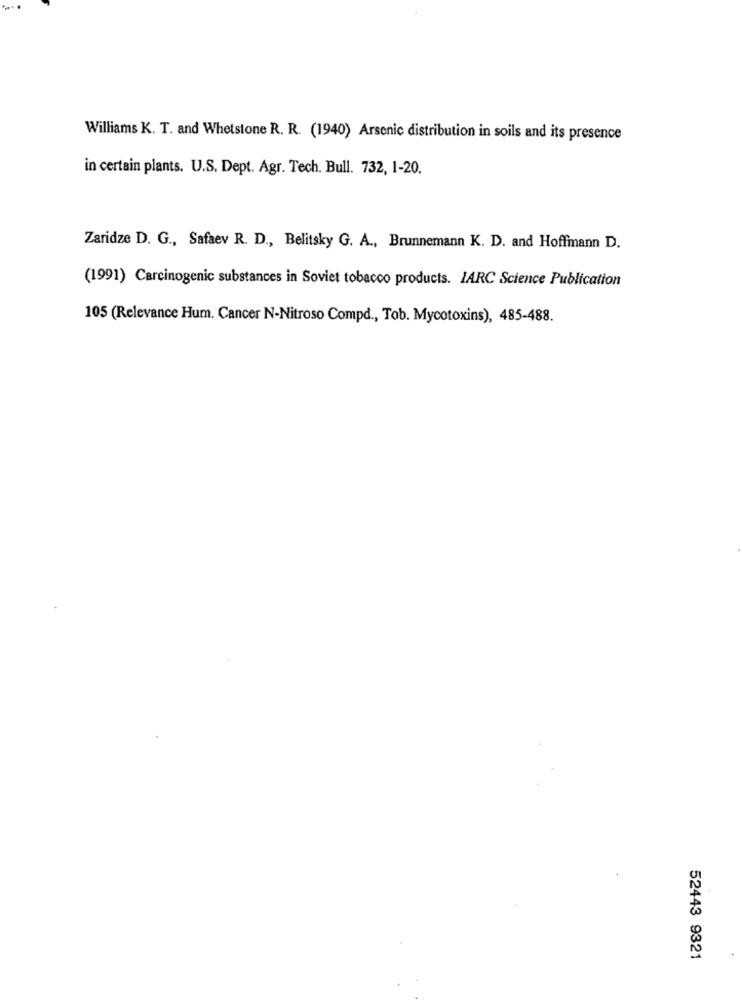
Williams K. T. and Whetstone R. R. (1940) Arsenic distribution in soils and its presence
in certain plants. U.S. Dept. Agr. Tech. Bull. 732, 1-20.
Zaridze D. G ., Safaev R. D ., Belitsky G. A ., Brunnemann K. D. and Hoffmann D.
(1991) Carcinogenic substances in Soviet tobacco products. IARC Science Publication
105 (Relevance Hum. Cancer N-Nitroso Compd ., Tob. Mycotoxins), 485-488.
52443 9321